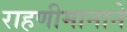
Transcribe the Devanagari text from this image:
राहणीमानाने